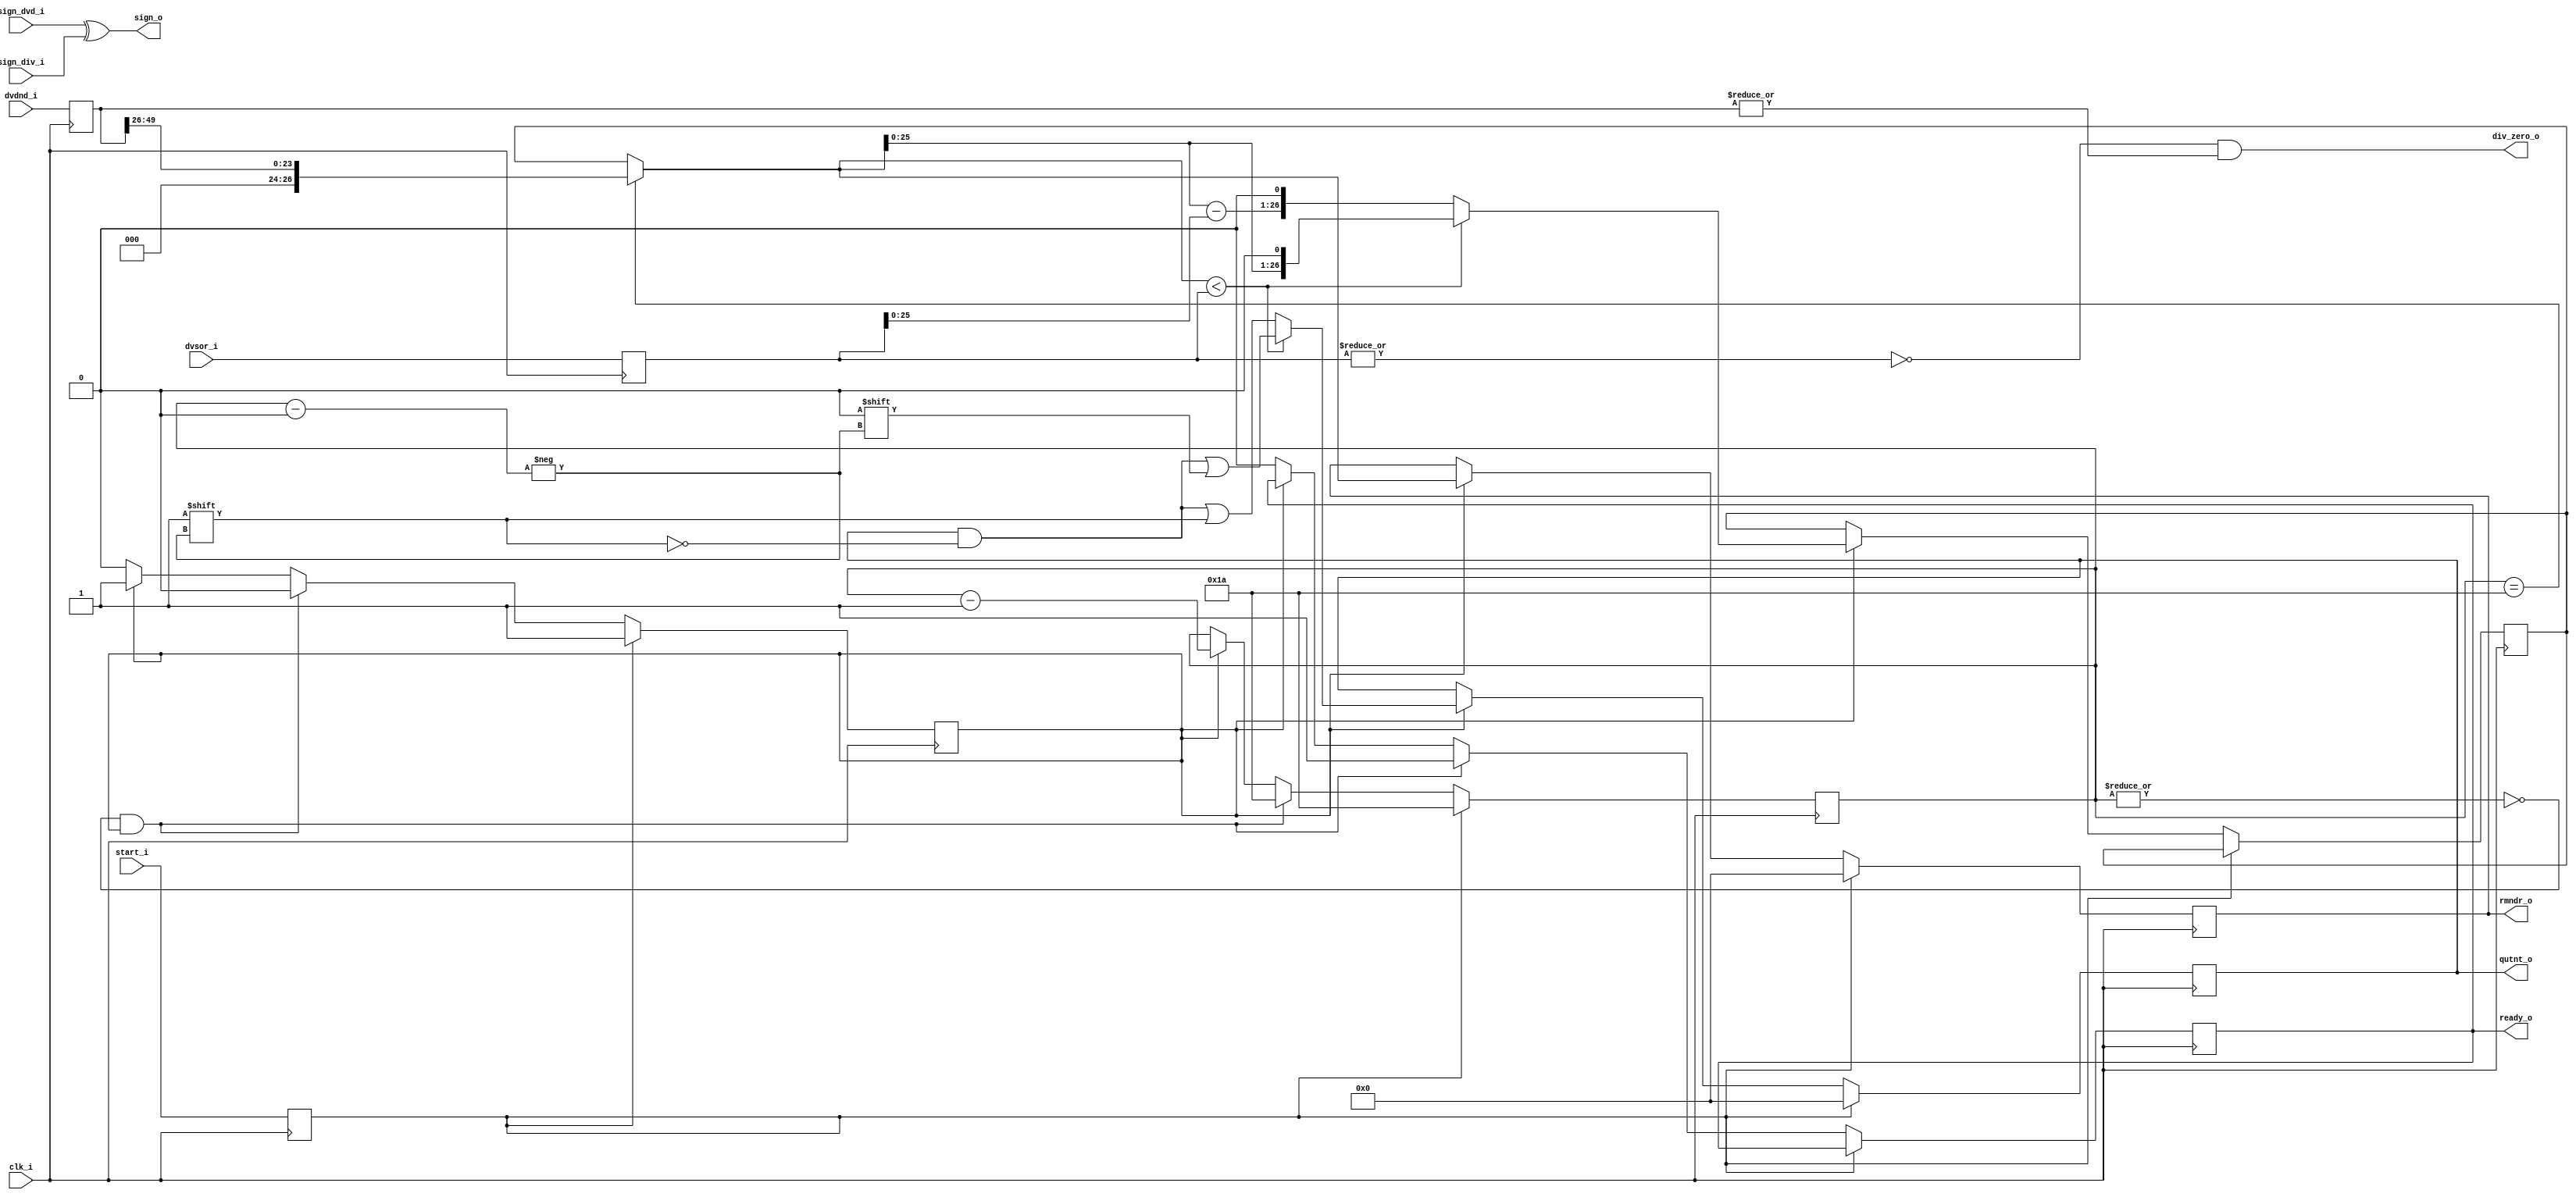
module or1200_fpu_div
  (
   clk_i,
   dvdnd_i,
   dvsor_i,
   sign_dvd_i,
   sign_div_i,
   start_i,
   ready_o,
   qutnt_o,
   rmndr_o,
   sign_o,
   div_zero_o
   );

   parameter FP_WIDTH = 32;
   parameter MUL_SERIAL = 0; // 0 for parallel multiplier, 1 for serial
   parameter MUL_COUNT = 11; //11 for parallel multiplier, 34 for serial
   parameter FRAC_WIDTH = 23;
   parameter EXP_WIDTH = 8;
   parameter ZERO_VECTOR = 31'd0;
   parameter INF = 31'b1111111100000000000000000000000;
   parameter QNAN = 31'b1111111110000000000000000000000;
   parameter SNAN = 31'b1111111100000000000000000000001;


   input clk_i;
   input [2*(FRAC_WIDTH+2)-1:0] dvdnd_i;
   input [FRAC_WIDTH+3:0] 	dvsor_i;
   input 			sign_dvd_i;
   input 			sign_div_i;
   input 			start_i;
   output 			ready_o;
   output [FRAC_WIDTH+3:0] 	qutnt_o;
   output [FRAC_WIDTH+3:0] 	rmndr_o;
   output 			sign_o;
   output 			div_zero_o;
   
   parameter t_state_waiting = 1'b0,
	       t_state_busy = 1'b1;
   
   reg [FRAC_WIDTH+3:0] 	s_qutnt_o;
   reg [FRAC_WIDTH+3:0] 	s_rmndr_o;   
   reg [2*(FRAC_WIDTH+2)-1:0] 	s_dvdnd_i;   
   reg [FRAC_WIDTH+3:0] 	s_dvsor_i;
   reg 				s_sign_dvd_i, s_sign_div_i;
   wire 			s_sign_o;
   wire 			s_div_zero_o;
   reg 				s_start_i;
   reg 				s_ready_o;
   reg 				s_state;
   reg [4:0] 			s_count;
   reg [FRAC_WIDTH+3:0] 	s_dvd;

   // Input Register
   always @(posedge clk_i)
     begin
	s_dvdnd_i <= dvdnd_i;
	s_dvsor_i <= dvsor_i;
	s_sign_dvd_i<= sign_dvd_i;
	s_sign_div_i<= sign_div_i;
	s_start_i <= start_i;
     end
   
   assign qutnt_o = s_qutnt_o;
   assign rmndr_o = s_rmndr_o;
   assign sign_o = s_sign_o;	
   assign ready_o = s_ready_o;
   assign div_zero_o = s_div_zero_o;

   assign s_sign_o = sign_dvd_i ^ sign_div_i;
   assign s_div_zero_o = !(|s_dvsor_i) & (|s_dvdnd_i);
   

   always @(posedge clk_i)
     if (s_start_i)
       begin
	  s_state <= t_state_busy;
	  s_count <= 26;
       end
     else if (!(|s_count) & s_state==t_state_busy)
       begin
	  s_state <= t_state_waiting;
	  s_ready_o <= 1;
	  s_count <=26;
       end
     else if (s_state==t_state_busy)
       s_count <= s_count - 1;
     else
       begin
	  s_state <= t_state_waiting;
	  s_ready_o <= 0;
       end

   wire [26:0] v_div;
   assign v_div = (s_count==26) ? {3'd0,s_dvdnd_i[49:26]} : s_dvd;
   wire [26:0] v_div_minus_s_dvsor_i;
   assign v_div_minus_s_dvsor_i = v_div - s_dvsor_i;
   

   always @(posedge clk_i)
     begin
	//Reset
	if (s_start_i)
	  begin
	     s_qutnt_o <= 0;
	     s_rmndr_o <= 0;
	  end
	else if (s_state==t_state_busy)
	  begin

	     if (v_div < s_dvsor_i)
	       begin
		  s_qutnt_o[s_count] <= 1'b0;
		  s_dvd <= {v_div[25:0],1'b0};		  
	       end
	     else
	       begin
		  s_qutnt_o[s_count] <= 1'b1;
		  s_dvd <= {v_div_minus_s_dvsor_i[25:0],1'b0};		  
	       end

	     s_rmndr_o <= v_div;

	  end // if (s_state==t_state_busy)
     end // always @ (posedge clk_i)

endmodule